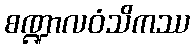
စဏ္ဍာလဝံသိကဿ